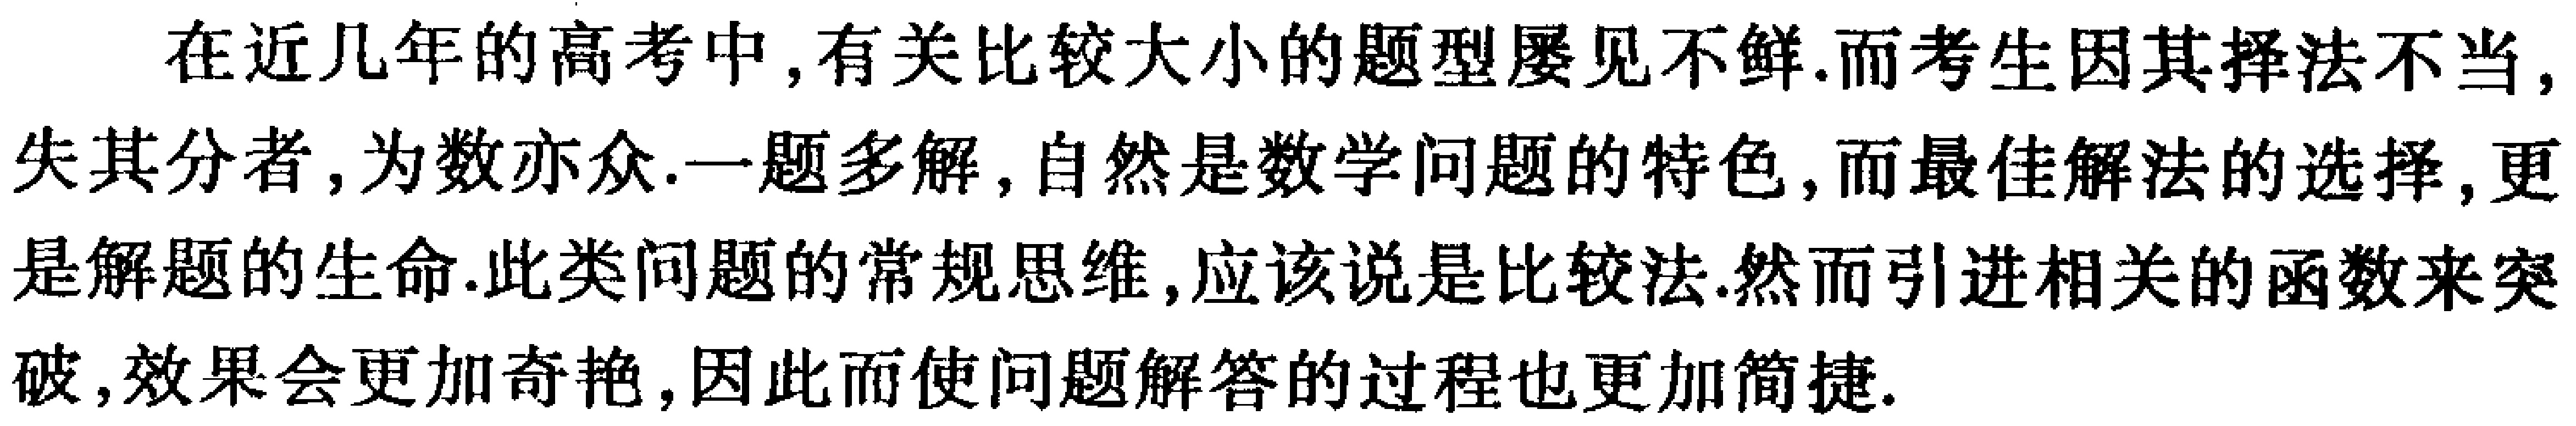
在近几年的高考中,有关比较大小的题型屡见不鲜.而考生因其择法不当,失其分者,为数亦众.一题多解,自然是数学问题的特色,而最佳解法的选择,更是解题的生命.此类问题的常规思维,应该说是比较法.然而引进相关的函数来突破,效果会更加奇艳,因此而使问题解答的过程也更加简捷.